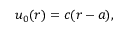
u _ { 0 } ( r ) = c ( r - a ) ,